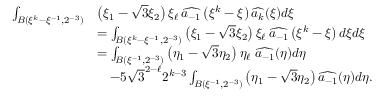
\begin{array} { r l } { \int _ { B ( \xi ^ { k } - \xi ^ { - 1 } , 2 ^ { - 3 } ) } } & { \left( \xi _ { 1 } - \sqrt { 3 } \xi _ { 2 } \right) \xi _ { \ell } \, \widehat { a _ { - 1 } } \left( \xi ^ { k } - \xi \right) \widehat { a _ { k } } ( \xi ) d \xi } \\ & { = \int _ { B ( \xi ^ { k } - \xi ^ { - 1 } , 2 ^ { - 3 } ) } \left( \xi _ { 1 } - \sqrt { 3 } \xi _ { 2 } \right) \xi _ { \ell } \, \widehat { a _ { - 1 } } \left( \xi ^ { k } - \xi \right) d \xi d \xi } \\ & { = \int _ { B ( \xi ^ { - 1 } , 2 ^ { - 3 } ) } \left( \eta _ { 1 } - \sqrt { 3 } \eta _ { 2 } \right) \eta _ { \ell } \; \widehat { a _ { - 1 } } ( \eta ) d \eta } \\ & { \quad - 5 \sqrt { 3 } ^ { 2 - \ell } 2 ^ { k - 3 } \int _ { B ( \xi ^ { - 1 } , 2 ^ { - 3 } ) } \left( \eta _ { 1 } - \sqrt { 3 } \eta _ { 2 } \right) \widehat { a _ { - 1 } } ( \eta ) d \eta . } \end{array}